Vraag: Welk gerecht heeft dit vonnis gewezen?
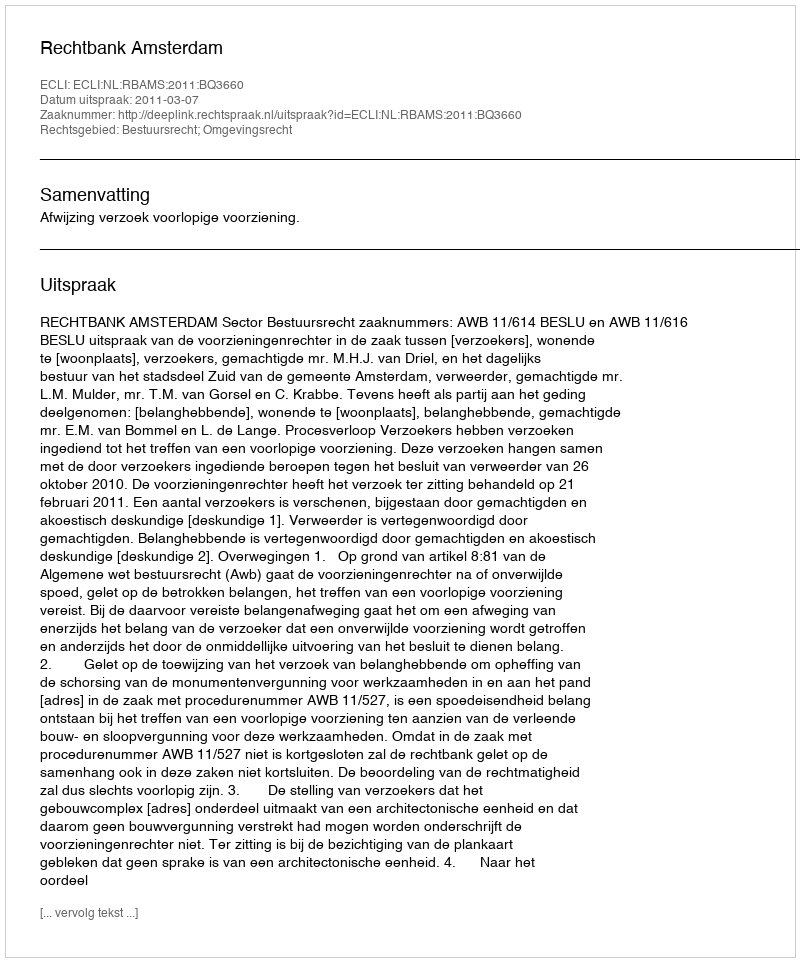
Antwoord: Rechtbank Amsterdam